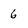
Character: 6